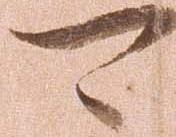
可